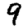
Digit: 9